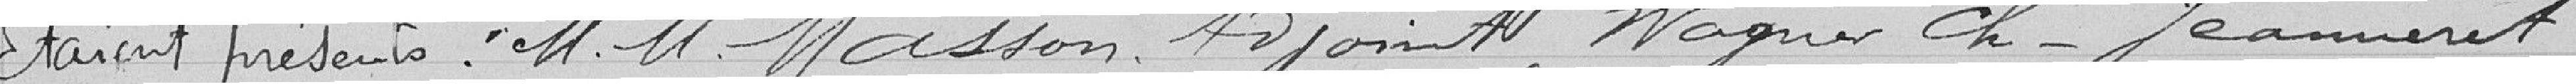
Etaient présents : Messieurs Masson, adjoint, Wagner Ch. Jeanneret,